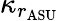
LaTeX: \kappa_{r_{\mathrm{ASU}}}